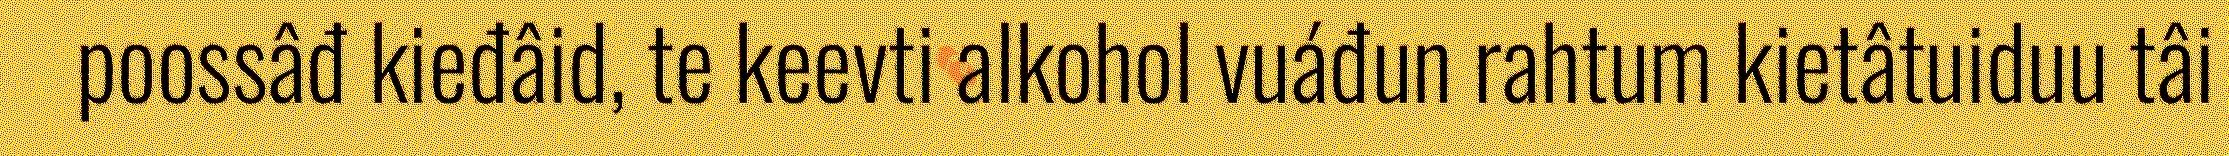
poossâđ kieđâid, te keevti alkohol vuáđun rahtum kietâtuiduu tâi